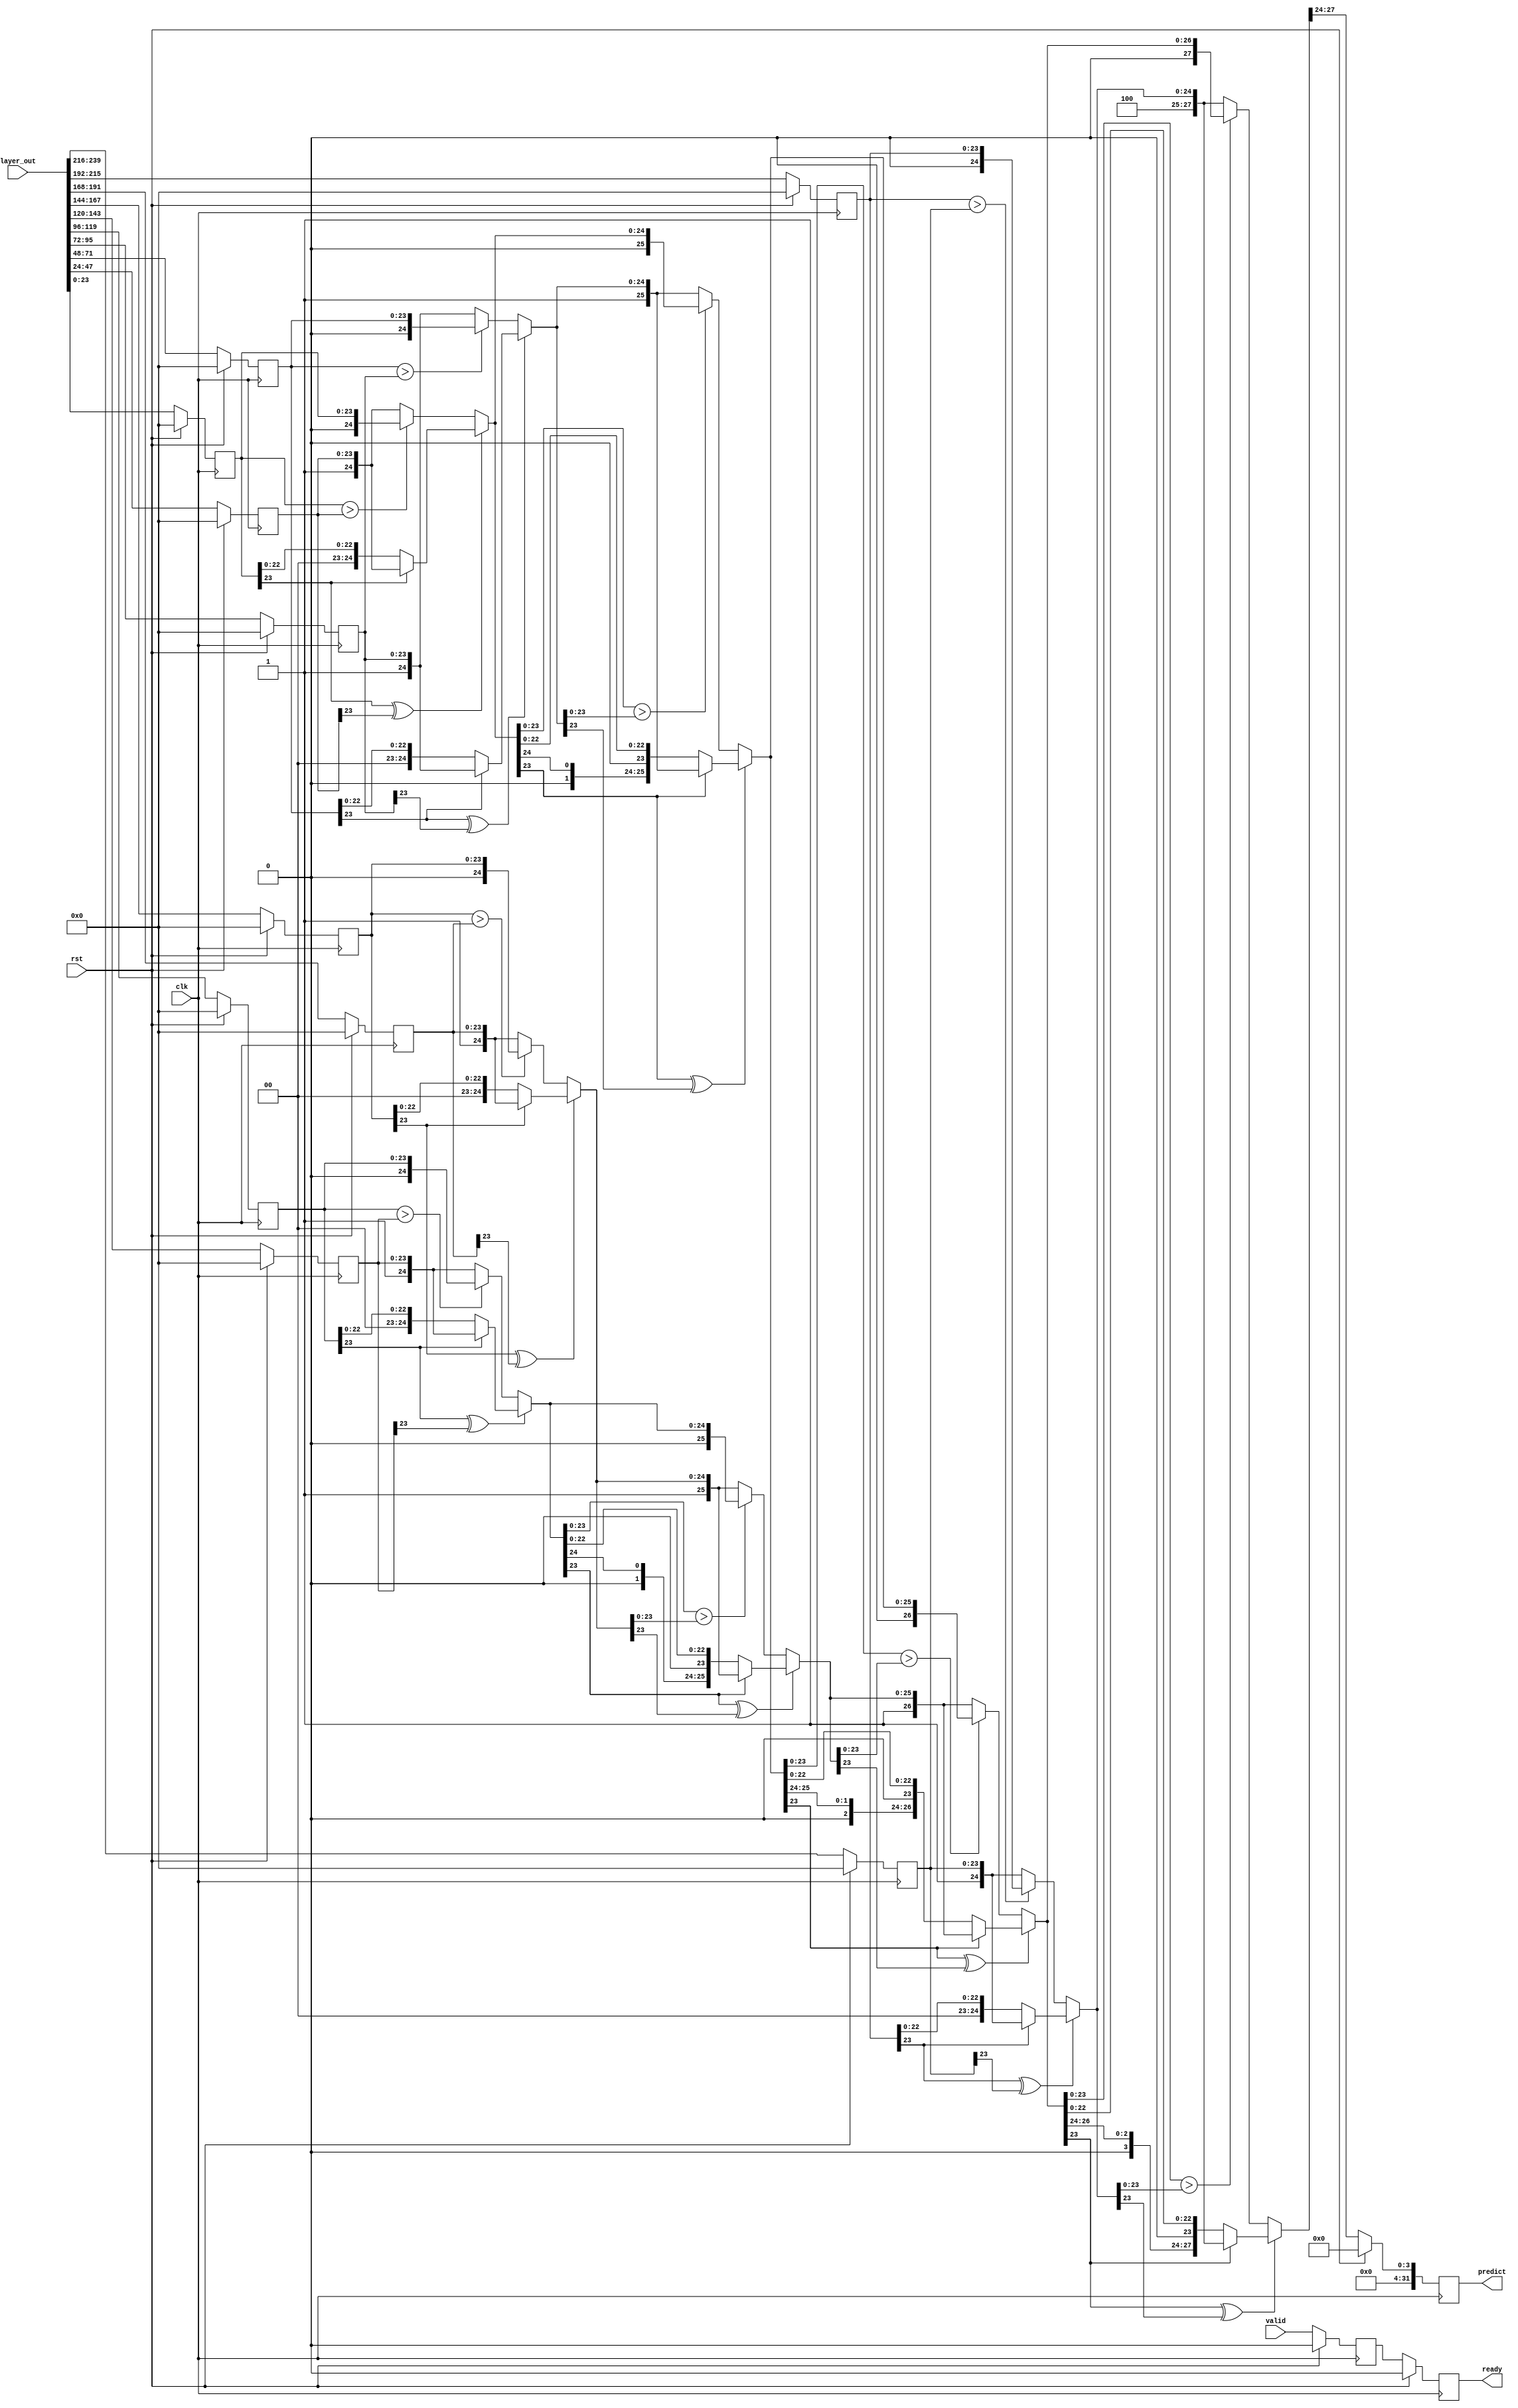
`timescale 1ns / 1ps
//////////////////////////////////////////////////////////////////////////////////
// Company: 
// Engineer: 
// 
// Design Name: 
// Module Name: comparator_quotient
// Project Name: 
// Target Devices: 
// Tool Versions: 
// Description: 
// 
// Dependencies: 
// 
// Revision:
// Revision 0.01 - File Created
// Additional Comments:
// 
//////////////////////////////////////////////////////////////////////////////////


module comparator_quotient(


input [24*10-1:0] layer_out,
input rst,
input clk,
input valid,
output  reg ready,
output reg [31:0] predict
);
parameter DATA_WIDTH=24;
reg [DATA_WIDTH-1: 0] result [0:9];
wire [4+DATA_WIDTH-1:0] com_re01,com_re23,com_re45,com_re67,com_re89;
reg ready_temp;
always@(posedge clk)
    begin
        if(rst)
            begin
                ready<=1'b0;
                ready_temp<=1'b0;
            end
        else
            begin
                ready_temp<=valid;
                ready<=ready_temp;
            end
    end
 
assign com_re01=(result[0][DATA_WIDTH-1]^result[1][DATA_WIDTH-1]) ? 
                                                        ((result[0][DATA_WIDTH-1]==1'b0)   ?   {4'd0,result[0]}:{4'd1,result[1]}):
                                                        ((result[0]>result[1]) ? {4'd0,result[0]}:{4'd1,result[1]});
assign com_re23=(result[2][DATA_WIDTH-1]^result[3][DATA_WIDTH-1]) ? 
                                                        ((result[2][DATA_WIDTH-1]==1'b0)   ?   {4'd2,result[2]}:{4'd3,result[3]}):
                                                        ((result[2]>result[3]) ? {4'd2,result[2]}:{4'd3,result[3]});
assign com_re45=(result[4][DATA_WIDTH-1]^result[5][DATA_WIDTH-1]) ? 
                                                        ((result[4][DATA_WIDTH-1]==1'b0)   ?   {4'd4,result[4]}:{4'd5,result[5]}):
                                                        ((result[4]>result[5]) ? {4'd4,result[4]}:{4'd5,result[5]});

assign com_re67=(result[6][DATA_WIDTH-1]^result[7][DATA_WIDTH-1]) ? 
                                                        ((result[6][DATA_WIDTH-1]==1'b0)   ?   {4'd6,result[6]}:{4'd7,result[7]}):
                                                        ((result[6]>result[7]) ? {4'd6,result[6]}:{4'd7,result[7]});
assign com_re89=(result[8][DATA_WIDTH-1]^result[9][DATA_WIDTH-1]) ? 
                                                        ((result[8][DATA_WIDTH-1]==1'b0)   ?   {4'd8,result[8]}:{4'd9,result[9]}):
                                                        ((result[8]>result[9]) ? {4'd8,result[8]}:{4'd9,result[9]});
wire [4+DATA_WIDTH-1:0] com_re01_23,com_re45_67,com_re0123_4567,com_re01234567_89;
assign com_re01_23=(com_re01[DATA_WIDTH-1]^com_re23[DATA_WIDTH-1])   ?
                                                        ((com_re01[DATA_WIDTH-1]==1'b0)  ?   com_re01:com_re23):
                                                        ((com_re01[DATA_WIDTH-1:0]>com_re23[DATA_WIDTH-1:0]) ?   com_re01:com_re23);
assign com_re45_67=(com_re45[DATA_WIDTH-1]^com_re67[DATA_WIDTH-1])   ?
                                                        ((com_re45[DATA_WIDTH-1]==1'b0)  ?   com_re45:com_re67):
                                                        ((com_re45[DATA_WIDTH-1:0]>com_re67[DATA_WIDTH-1:0]) ?   com_re45:com_re67);
assign com_re0123_4567=(com_re01_23[DATA_WIDTH-1]^com_re45_67[DATA_WIDTH-1])   ?
                                                        ((com_re01_23[DATA_WIDTH-1]==1'b0)  ?   com_re01_23:com_re45_67):
                                                        ((com_re01_23[DATA_WIDTH-1:0]>com_re45_67[DATA_WIDTH-1:0]) ?   com_re01_23:com_re45_67);
assign com_re01234567_89=(com_re0123_4567[DATA_WIDTH-1]^com_re89[DATA_WIDTH-1])   ?
                                                        ((com_re0123_4567[DATA_WIDTH-1]==1'b0)  ?   com_re0123_4567:com_re89):
                                                        ((com_re0123_4567[DATA_WIDTH-1:0]>com_re89[DATA_WIDTH-1:0]) ?   com_re0123_4567:com_re89);
integer i;
always@(posedge clk )
begin
    if(rst)
            begin
                for(i=0;i<10;i=i+1)
                    begin
                        result[i]<={24'b0};
                    end
                predict<=0;
            end
    else
    begin 
        predict <={28'b0,com_re01234567_89[4+DATA_WIDTH-1:4+DATA_WIDTH-1-3]};
        for(i=0;i<10;i=i+1)
                    begin
                        result[i]<=layer_out[i*24+:24];
                    end

    end
end
endmodule